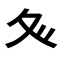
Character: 𭐝